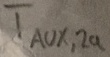
Text: TAUX,2a